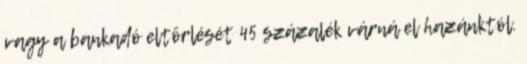
vagy a bankadó eltörlését 45 százalék várná el hazánktól.